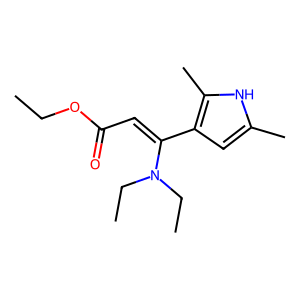
SMILES: CCOC(=O)C=C(c1cc(C)[nH]c1C)N(CC)CC
Inhibits HIV replication: No